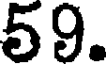
59.